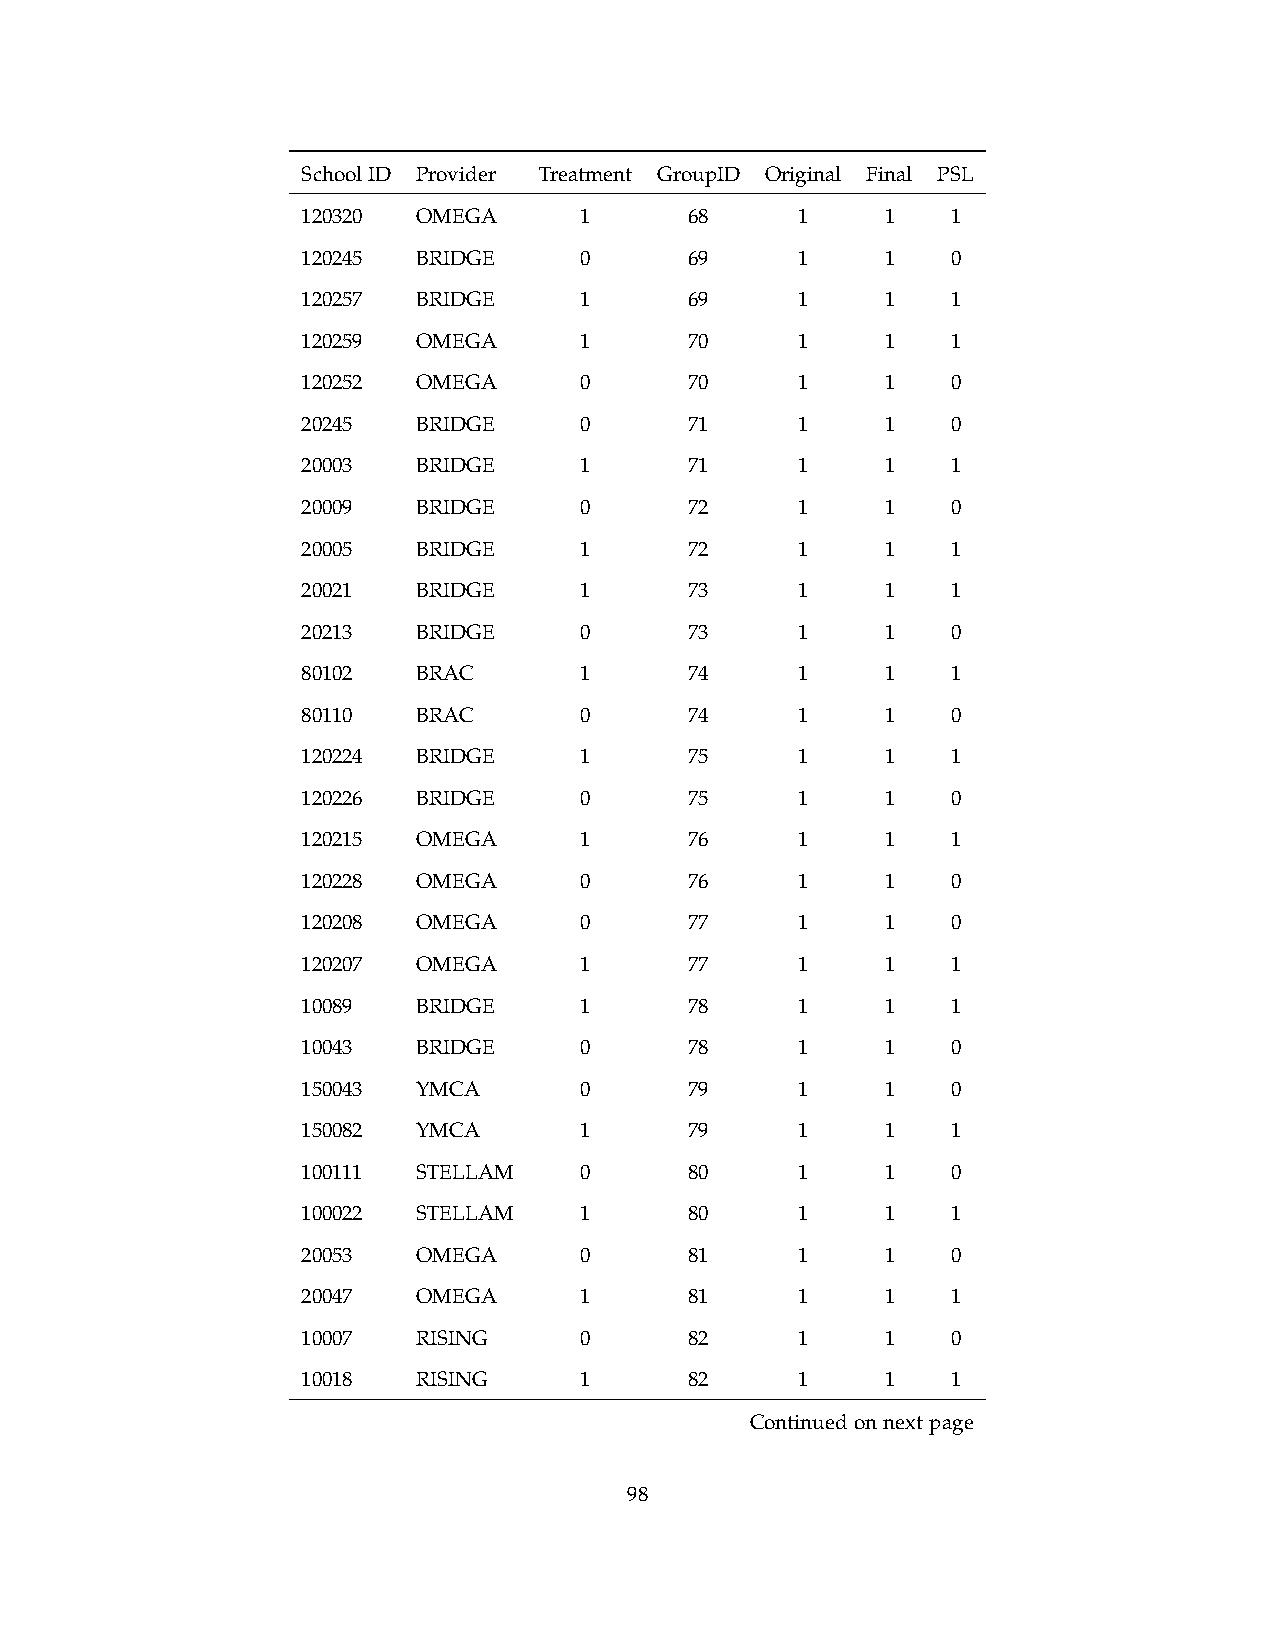
SchoolID Provider Treatment GroupID Original Final PSL
 120320  OMEGA     1       68     1     1   1
 120245  BRIDGE    0       69     1     1   0
 120257  BRIDGE    1       69     1     1   1
 120259  OMEGA     1       70     1     1   1
 120252  OMEGA     0       70     1     1   0
 20245   BRIDGE    0       71     1     1   0
 20003   BRIDGE    1       71     1     1   1
 20009   BRIDGE    0       72     1     1   0
 20005   BRIDGE    1       72     1     1   1
 20021   BRIDGE    1       73     1     1   1
 20213   BRIDGE    0       73     1     1   0
 80102   BRAC      1       74     1     1   1
 80110   BRAC      0       74     1     1   0
 120224  BRIDGE    1       75     1     1   1
 120226  BRIDGE    0       75     1     1   0
 120215  OMEGA     1       76     1     1   1
 120228  OMEGA     0       76     1     1   0
 120208  OMEGA     0       77     1     1   0
 120207  OMEGA     1       77     1     1   1
 10089   BRIDGE    1       78     1     1   1
 10043   BRIDGE    0       78     1     1   0
 150043  YMCA      0       79     1     1   0
 150082  YMCA      1       79     1     1   1
 100111  STELLAM   0       80     1     1   0
 100022  STELLAM   1       80     1     1   1
 20053   OMEGA     0       81     1     1   0
 20047   OMEGA     1       81     1     1   1
 10007   RISING    0       82     1     1   0
 10018   RISING    1       82     1     1   1
 Continuedonnextpage
 98